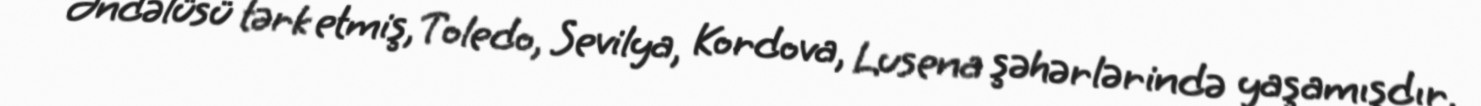
Əndəlüsü tərk etmiş, Toledo, Sevilya, Kordova, Lusena şəhərlərində yaşamışdır.